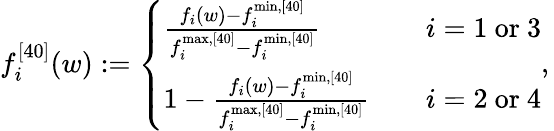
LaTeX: f_{i}^{[40]}(w):=\left\{ \begin{array}{ll}{\frac{f_{i}(w)-f_{i}^{\mathrm{min},[40]}}{f_{i}^{\mathrm{max},[40]}-f_{i}^{\mathrm{min},[40]}}}&{\quad i=1\mathrm{~or~}3}\\ {1-\frac{f_{i}(w)-f_{i}^{\mathrm{min},[40]}}{f_{i}^{\mathrm{max},[40]}-f_{i}^{\mathrm{min},[40]}}}&{\quad i=2\mathrm{~or~}4}\end{array},\right.